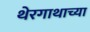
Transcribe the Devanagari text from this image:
थेरगाथाच्या